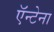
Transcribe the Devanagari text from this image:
ऍन्टेना